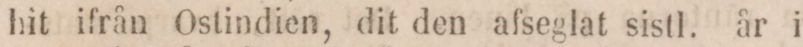
hit ifrån Ostindien, dit den afseglat sistl. år i